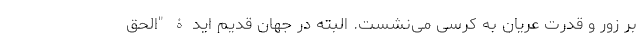
بر زور و قدرت عریان به کرسی می‌نشست. البته در جهان قدیم ایدۀ "الحق